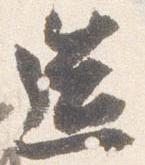
造